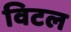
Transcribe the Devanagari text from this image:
विटल